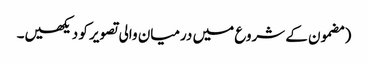
‏ (‏مضمون کے شروع میں درمیان والی تصویر کو دیکھیں۔